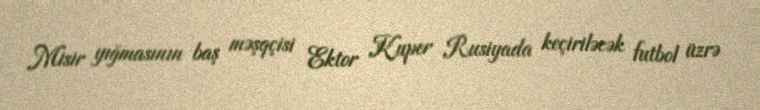
Misir yığmasının baş məşqçisi Ektor Kuper Rusiyada keçiriləcək futbol üzrə